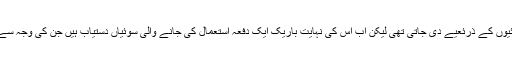
شروع میں‌ انسولین شیشے کی سرنج اور بڑی سوئیوں‌ کے ذرئعیے دی جاتی تھی لیکن اب اس کی نہایت باریک ایک دفعہ استعمال کی جانے والی سوئیاں دستیاب ہیں جن کی وجہ سے مریضوں‌ کو انسولین لینے میں‌ آسانی ہوگئی ہے۔